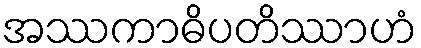
အဿကာဓိပတိဿာဟံ